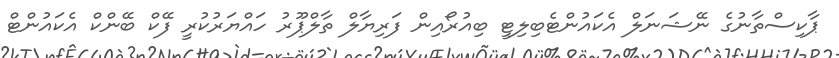
ޕާކިސްތާނުގެ ނޭޝަނަލް އެކައުންޓެބިލިޓީ ބިއުރޯއިން ފަރިޔާލް ތާލްޕޫރު ހައްޔަރުކުރީ ފޭކް ބޭންކް އެކައުންޓް